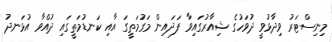
މިނިސްޓަރު ވިދާޅުވީ ދުވަހުގެ ޝިއާރުގައިވާ ފަދައިން މަގުމަތީގަ އާއި ކަނޑުމަތީގައި ދުއްވާ އުޅަނދު